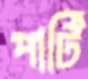
পার্টি